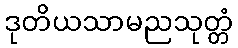
ဒုတိယသာမညသုတ္တံ